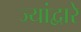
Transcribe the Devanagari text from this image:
ज्यांद्वारे